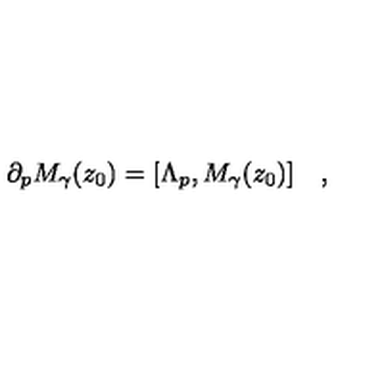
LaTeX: \partial _ { p } M _ { \gamma } ( z _ { 0 } ) = [ \Lambda _ { p } , M _ { \gamma } ( z _ { 0 } ) ] \quad ,